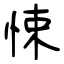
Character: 悚